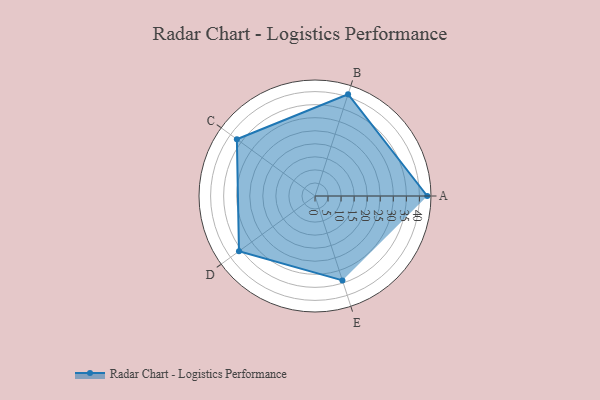
{"axis": {"x": "Skill", "y": "Score"}, "legend": ["Profile"], "data": [{"x": "A", "y": 43.0, "type": "Profile"}, {"x": "B", "y": 41.0, "type": "Profile"}, {"x": "C", "y": 37.0, "type": "Profile"}, {"x": "D", "y": 36.0, "type": "Profile"}, {"x": "E", "y": 34.0, "type": "Profile"}]}